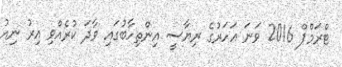
ޓްރަމްޕް 2016 ވަނަ އަހަރުގެ ރިޔާސީ އިންތިހާބުގައި ވާދަ ކުރެއްވި އިރު ނިއު